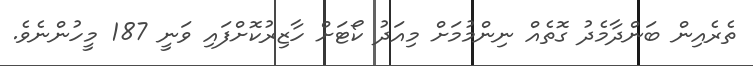
ތެރެއިން ބަންދާމެދު ގޮތެއް ނިންމުމަށް މިއަދު ކޯޓަށް ހާޒިރުކޮށްފައި ވަނީ 187 މީހުންނެވެ.